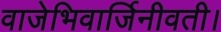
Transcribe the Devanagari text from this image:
वाजेभिवार्जिनीवती।